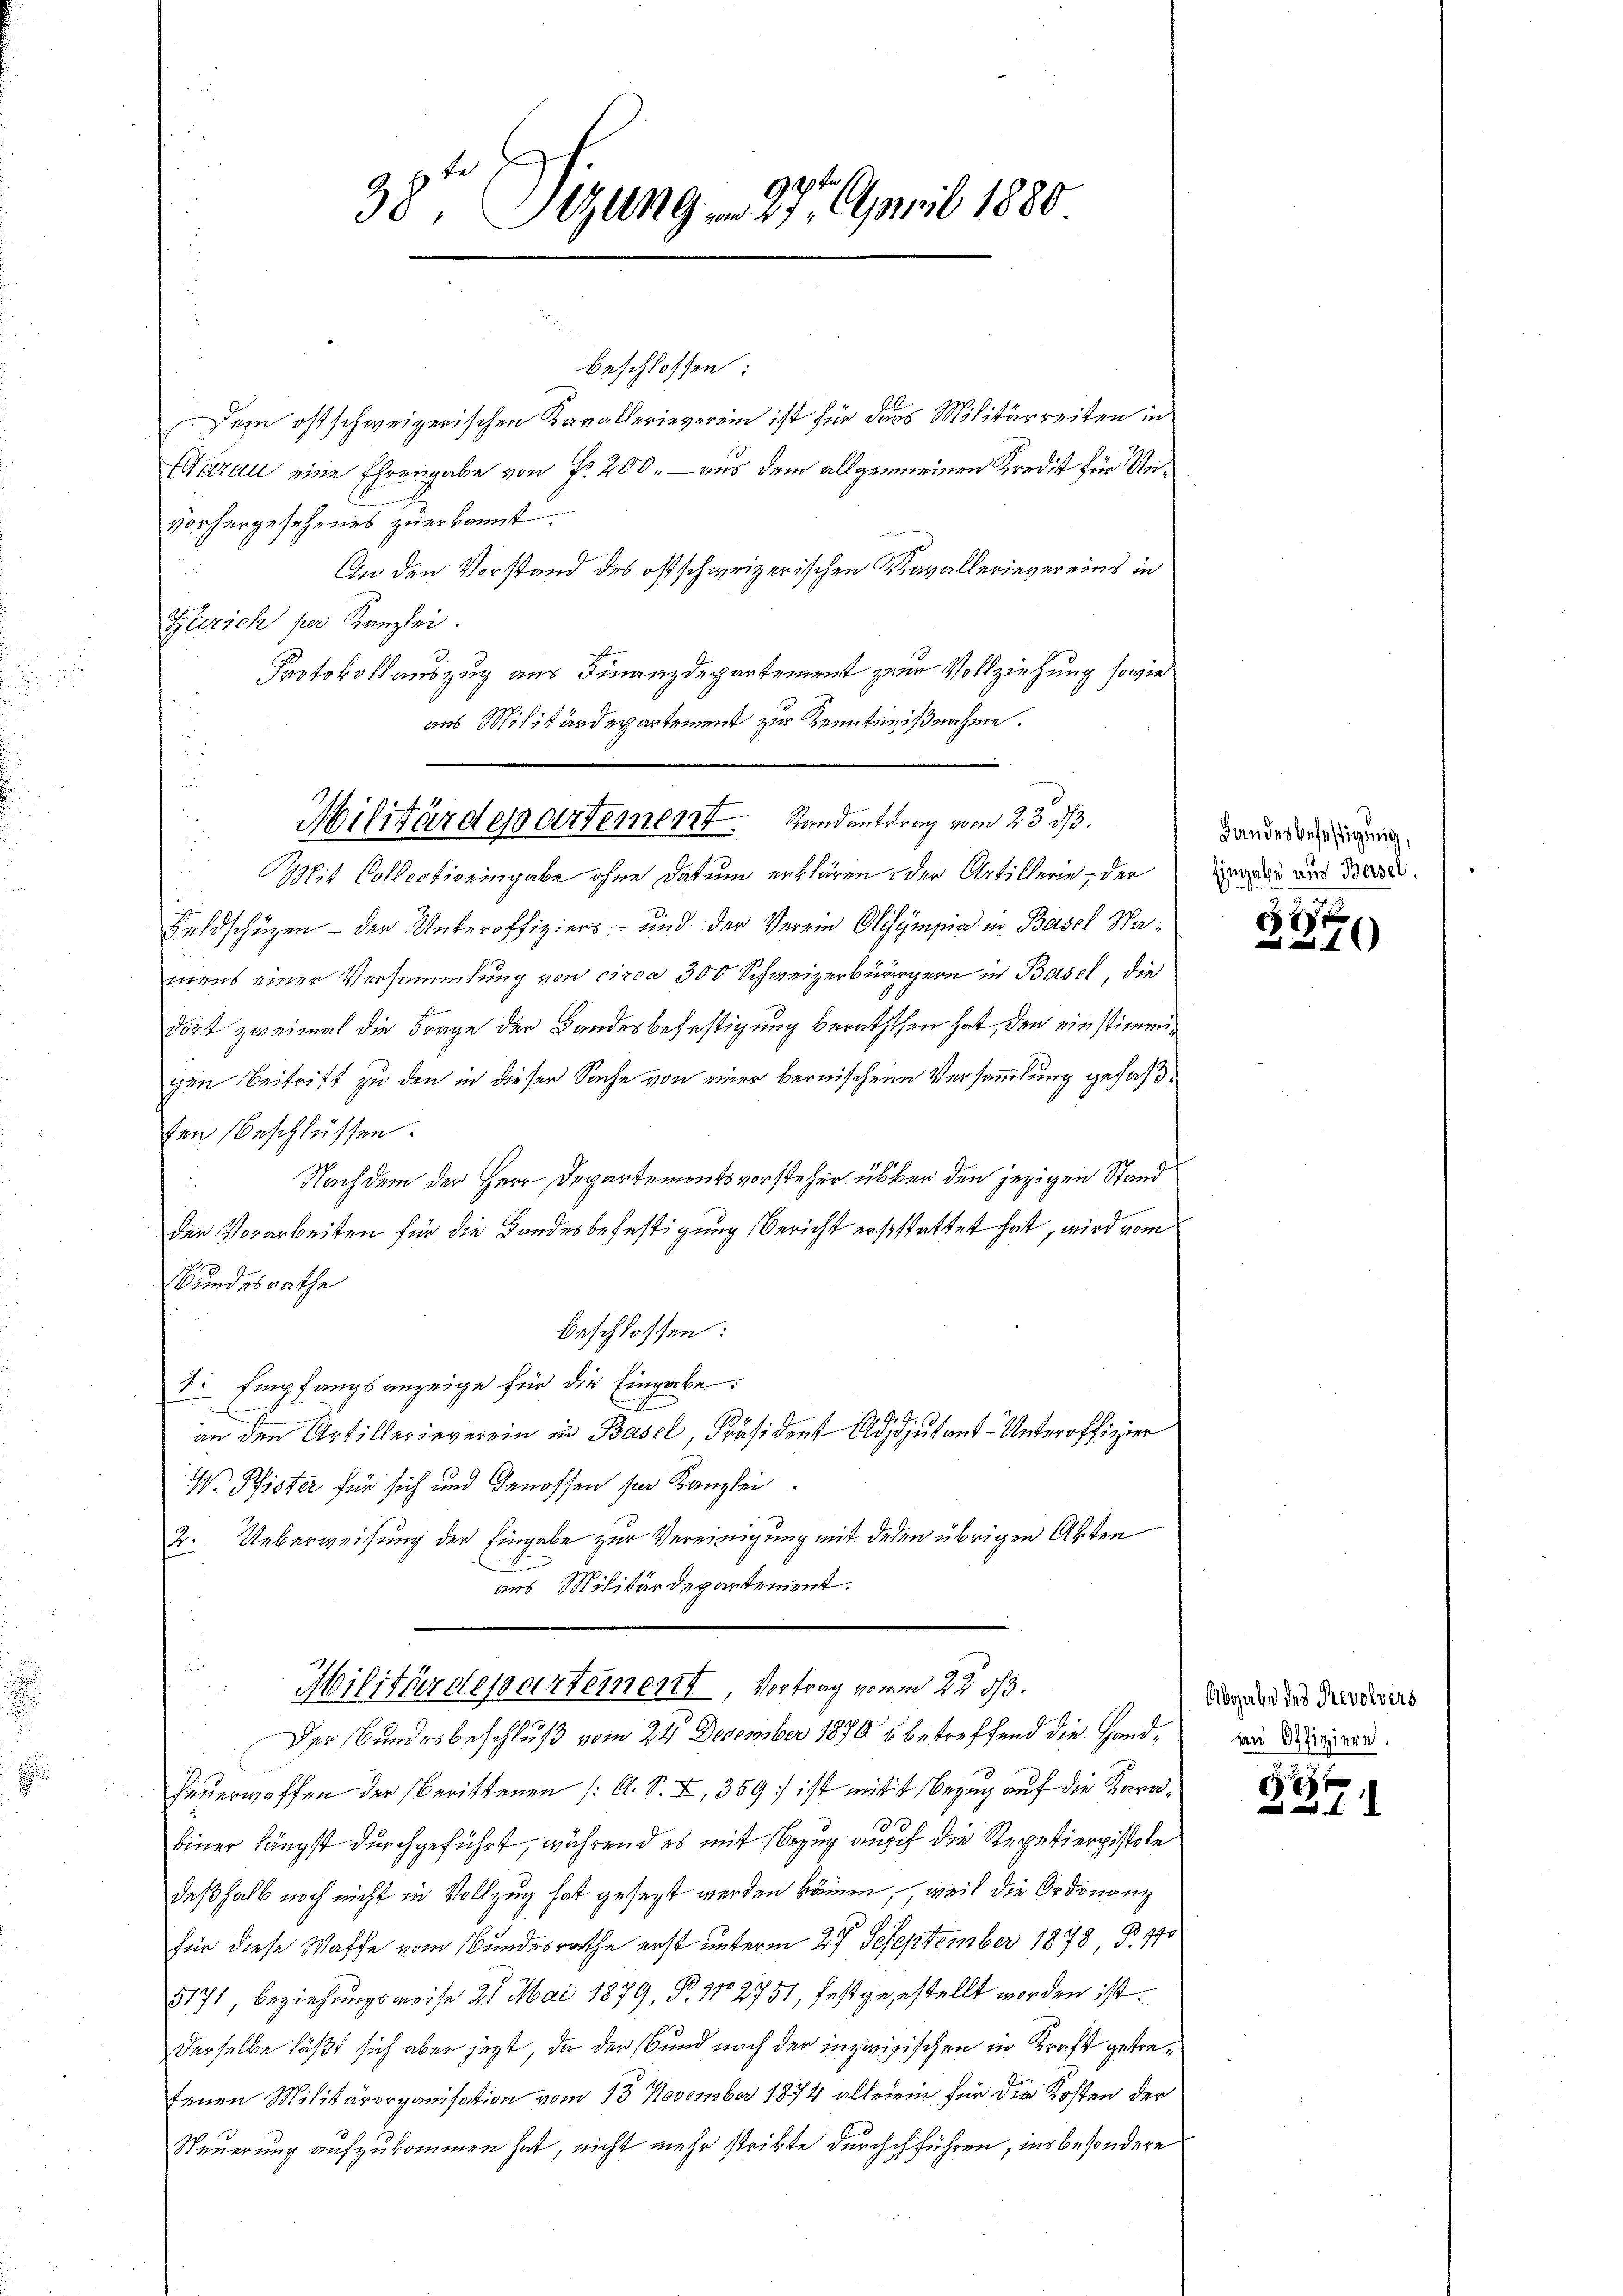
38te Sitzung 27. April 1880

beschlossen:
Dem ostschweizerischen Kavallerieverein ist für dass Militärreiten in
Aarau eine Ehrengabe von Fr. 200. - aus dem allgemeinen Kredit für Unvorhergesehenes zu erkannt.
An den Vorstand des ostschweizerischen Kavallerievereins in
Zürich per Kanzlei.
Protokollauszug aus Finanzdepartement zum Vollziehung sowie
aus Militärdepartement zur Kenntnißnahme.

Militärdepartement. Randantrag vom 23 33.
it Collectiveingabe ohne Datum erklären, der Artillerie, der

Feldschüzen - der Unteroffiziers- und der Verein Olympia in Basel Wamens einer Versammlung von circa 300 Schweizerbürgern in Basel, die
dört zweimal die Frage der Bandesbefestigung beraththen hat, den einstimmigen Beitritt zu den in dieser Sache von einer bernischene Versammlung gefaßten Beschlüssen.
Nachdem der Herr Departementsvorsteher über den jezigen Stand
den Vorarbeiten für die Bandesbefestigung Bericht erststattet hat, wird vom
Bundesrathe
beschlossen:
s: Empfangsanzeige für die Eingabe.
an den Artillerieverein in Basel, Präsident Adjutant-Unteroffizier
V. Pfister für sich und Genossen sie Kanzlei.
2. Ueberweisung der Eingabe zur Vereinigung mit deren übrigen Akten
aus Militärdepartement.

Militärdepartement, Vortrag vom 22 1/3.
Der Bundesbeschluß vom 24 December 1870 u betreffend die Hand¬

u

Feuerworfen der berittenen (: A. S. XI, 359 ist mit ist Bezug auf die Karabiner längst durchgeführt, während es mit Bezug aus die Repetierpistole
deßhalb noch nicht in Vollzug hat gesezt werden können, weil die Ordonanz
für diese Waffe vom Bundesrathe erst unterm 27. Deseptember 1878 §. 170
5171, beziehungsweise 21 Mai 1879, P. Nr. 2751, festgestellt worden ist.
derselbe läßt sich aber jezt, da der und nach der inzwisischen in Kraft getrefenen Militärorganisation vom 13. November 1874 allerein für die Kosten der
Steuerung aufzukommen hat, nicht mehr strikte durchchführen, insbesondere

Handes befestigung,
Eingabe aus Bersel

2
und aus

Abgabe des Revolvers
un Offiziere.

.